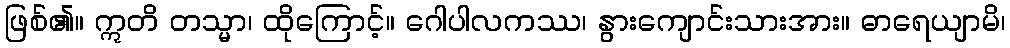
ဖြစ်၏။ ဣတိ တသ္မာ၊ ထိုကြောင့်။ ဂေါပါလကဿ၊ နွားကျောင်းသားအား။ ဓာရေယျာမိ၊